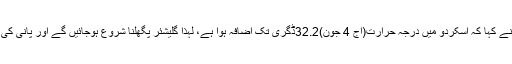
سیکریٹری آبپاشی جمال شاہ نے کہا کہ اسکردو میں درجہ حرارت(آج 4 جون)32.2ڈگری تک اضافہ ہوا ہے، لہذا گلیشئر پگھلنا شروع ہوجائیں گے اور پانی کی صورتحال بہتر ہوجائے گی۔